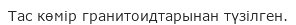
Тас көмір гранитоидтарынан түзілген.